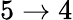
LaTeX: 5\rightarrow 4